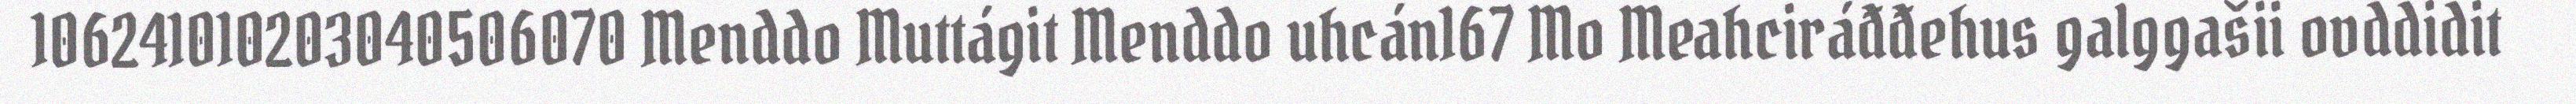
106241010203040506070 Menddo Muttágit Menddo uhcán167 Mo Meahciráđđehus galggašii ovddidit